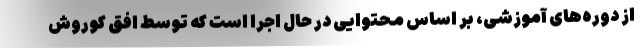
از دوره‌های آموزشی، بر اساس محتوایی در حال اجرا است که توسط افق کوروش